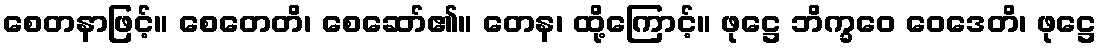
စေတနာဖြင့်။ စေတေတိ၊ စေဆော်၏။ တေန၊ ထို့ကြောင့်။ ဖုဋ္ဌေ ဘိက္ခဝေ ဝေဒေတိ၊ ဖုဋ္ဌေ